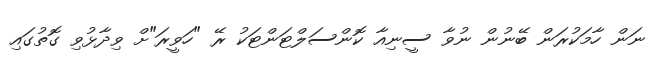
ނަން ހާމަކުރަން ބޭނުން ނުވާ ސީނިއާ ކޮންސަލްޓަންޓަކު ރޭ "ހަވީރަ"ށް ވިދާޅުވި ގޮތުގައި